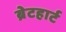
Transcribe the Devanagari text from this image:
ब्रेटहार्ट